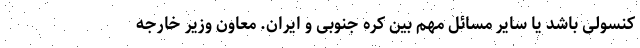
کنسولی باشد یا سایر مسائل مهم بین کره جنوبی و ایران. معاون وزیر خارجه